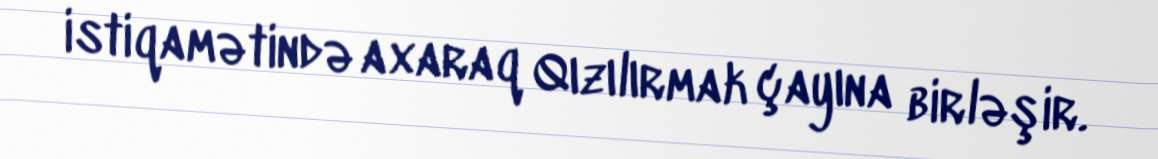
istiqamətində axaraq Qızılırmak çayına birləşir.